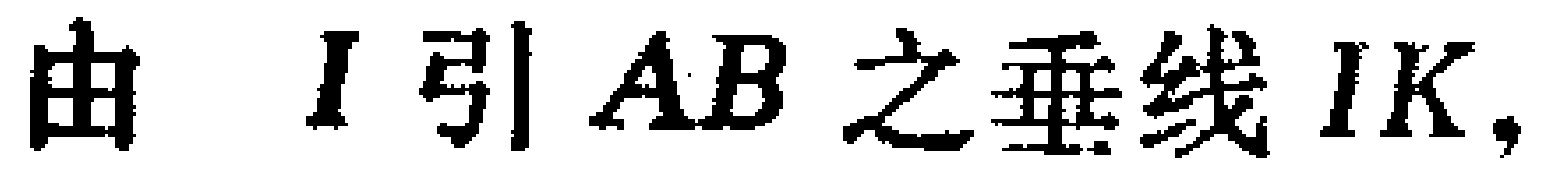
由 \(I\) 引 \(AB\) 之垂线 \(IK\)，